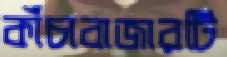
কাঁচাবাজারটি